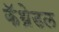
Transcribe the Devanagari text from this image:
कॅथ्रेडल